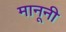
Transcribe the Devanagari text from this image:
मानूनी